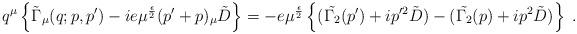
LaTeX: \begin{align*}q^\mu \left\{ \tilde{\Gamma}_\mu (q;p,p^\prime) -ie \mu^{\frac{\epsilon}{2}} (p^\prime +p)_\mu \tilde{D}\right\} = -e \mu^{\frac{\epsilon}{2}} \left\{( \tilde{\Gamma_2} (p^\prime)+i p^{\prime 2} \tilde{D})- (\tilde{\Gamma_2} (p)+i p^{ 2} \tilde{D})\right\}\; .\end{align*}